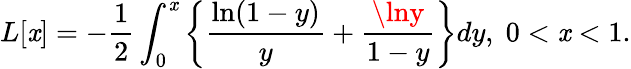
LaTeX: L[\mathit{x}]=-\frac{{1}}{{2}}\int_{0}^{\mathit{x}}\left\{ \frac{{\ln(1-y)}}{{y}}+\frac{{\lny}}{{1-y}}\right\} dy,\; 0<\mathit{x}<1.